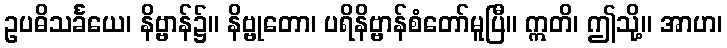
ဥပဓိသင်္ခယေ၊ နိဗ္ဗာန်၌။ နိဗ္ဗုတော၊ ပရိနိဗ္ဗာန်စံတော်မူပြီ။ ဣတိ၊ ဤသို့။ အာဟ၊